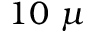
1 0 ~ \mu